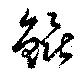
鯤